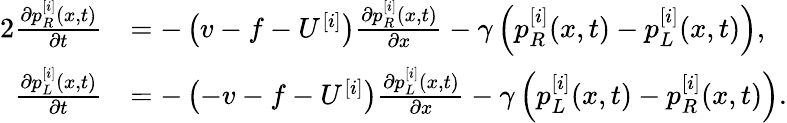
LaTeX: \begin{array}{rl}{{2}\frac{\partial p_{R}^{[i]}(x,t)}{\partial t}}&{=-\left(v-f-U^{[i]}\right)\frac{\partial p_{R}^{[i]}(x,t)}{\partial x}-\gamma\left(p_{R}^{[i]}(x,t)-p_{L}^{[i]}(x,t)\right),}\\ {\frac{\partial p_{L}^{[i]}(x,t)}{\partial t}}&{=-\left(-v-f-U^{[i]}\right)\frac{\partial p_{L}^{[i]}(x,t)}{\partial x}-\gamma\left(p_{L}^{[i]}(x,t)-p_{R}^{[i]}(x,t)\right).}\end{array}